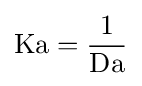
\mathrm {Ka} ={\frac {1}{\mathrm {Da} }}